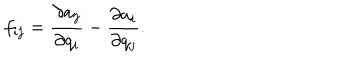
f _ { i j } = \frac { \partial a _ { j } } { \partial q _ { i } } - \frac { \partial a _ { i } } { \partial q _ { j } } .